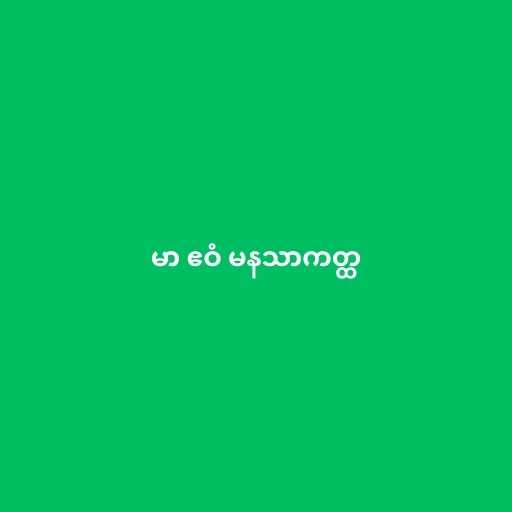
မာ ဧဝံ မနသာကတ္ထ